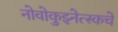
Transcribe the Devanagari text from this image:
नोवोकुझ्नेत्स्कचे